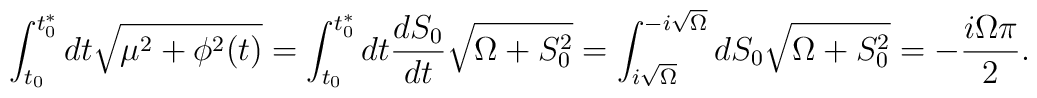
\int_{t_0}^{t_0^*} dt \sqrt{\mu^2+\phi^2(t)} =\int_{t_0}^{t_0^*} dt {dS_0\over dt} \sqrt{\Omega+S_0^2} =\int_{i\sqrt{\Omega}}^{-i\sqrt{\Omega}} dS_0 \sqrt{\Omega+S_0^2}=- {i \Omega \pi \over 2}.